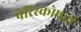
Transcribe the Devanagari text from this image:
पेरिस्कोपही